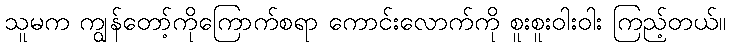
သူမက ကျွန်တော့်ကိုကြောက်စရာ ကောင်းလောက်ကို စူးစူးဝါးဝါး ကြည့်တယ်။